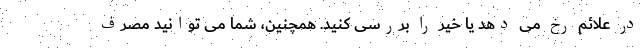
در علائم رخ می دهد یا خیر را بررسی کنید. همچنین، شما می توانید مصرف